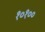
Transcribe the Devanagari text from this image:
१०१००